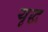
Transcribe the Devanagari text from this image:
यृद्ध